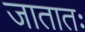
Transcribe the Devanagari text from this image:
जातातः